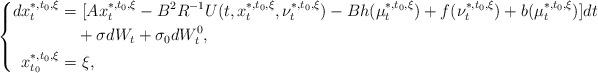
LaTeX: \begin{align*}\left\{\begin{aligned}dx_t^{*,t_0,\xi}=&~[Ax_t^{*,t_0,\xi}-B^2R^{-1}U(t,x_t^{*,t_0,\xi},\nu_t^{*,t_0,\xi})-Bh(\mu_t^{*,t_0,\xi})+f(\nu_t^{*,t_0,\xi})+b(\mu_t^{*,t_0,\xi})]dt\\&+\sigma dW_t+\sigma_0dW^0_t,\\x_{t_0}^{*,t_0,\xi}=&~\xi,\end{aligned}\right.\end{align*}